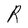
Character: R